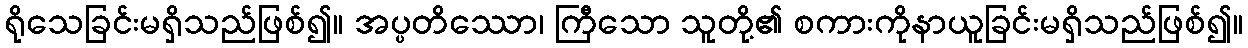
ရိုသေခြင်းမရှိသည်ဖြစ်၍။ အပ္ပတိဿော၊ ကြီသော သူတို့၏ စကားကိုနာယူခြင်းမရှိသည်ဖြစ်၍။